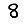
Digit: 8